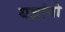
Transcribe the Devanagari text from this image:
यज्ञांगो